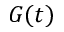
G ( t )